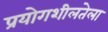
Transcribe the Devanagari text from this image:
प्रयोगशीलतेला